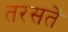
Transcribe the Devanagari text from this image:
तरसतें